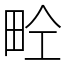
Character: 𤱝